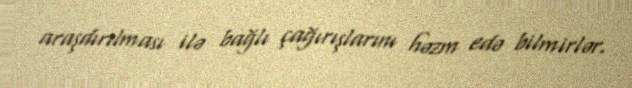
araşdırılması ilə bağlı çağırışlarını həzm edə bilmirlər.